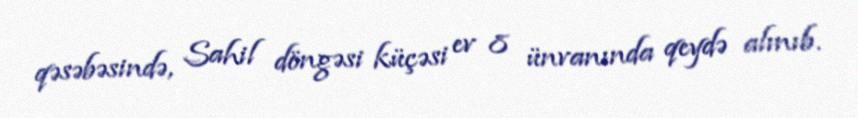
qəsəbəsində, Sahil döngəsi küçəsi ev 8 ünvanında qeydə alınıb.